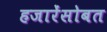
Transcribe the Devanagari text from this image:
हजारेंसोबत